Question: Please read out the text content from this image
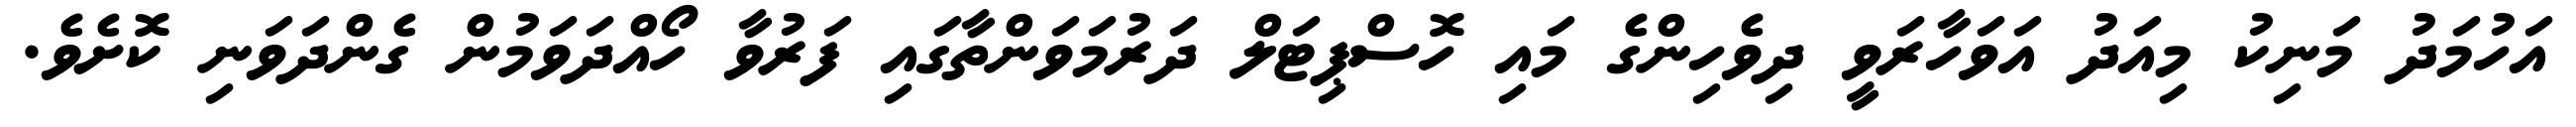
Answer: އަހުމަދު މަނިކު މިއަދު އަވަހާރަވީ ދިވެހިންގެ މައި ހޮސްޕިޓަލް ދަރުމަވަންތާގައި ފަރުވާ ހޯއްދަވަމުން ގެންދަވަނި ކޮށެވެ.